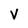
Character: v